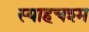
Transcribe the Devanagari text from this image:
स्याहचश्म